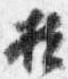
扶